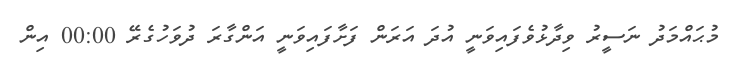
މުޙައްމަދު ނަސީރު ވިދާޅުވެފައިވަނީ އުދަ އަރަން ފަށާފައިވަނީ އަންގާރަ ދުވަހުގެރޭ 00:00 އިން